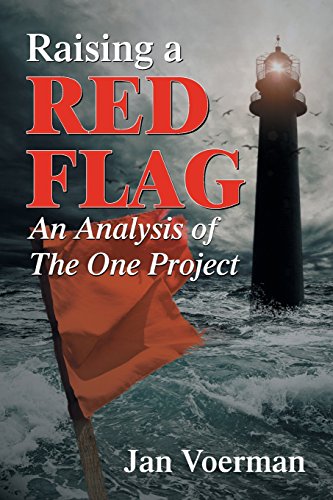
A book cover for Raising a Red Flag: An Analysis of The One Project; Jan Voerman; Christian Books & Bibles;